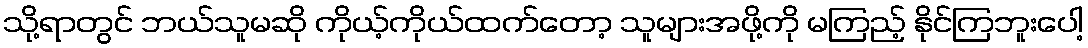
သို့ရာတွင် ဘယ်သူမဆို ကိုယ့်ကိုယ်ထက်တော့ သူများအဖို့ကို မကြည့် နိုင်ကြဘူးပေါ့